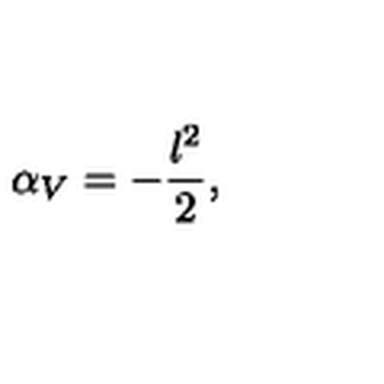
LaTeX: \alpha _ { V } = - \frac { l ^ { 2 } } { 2 } ,